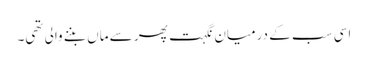
اسی سب کے درمیان نگہت پھر سے ماں بننے والی تھی۔